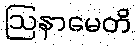
ဩနာမေတိ